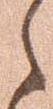
ら